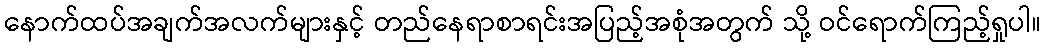
နောက်ထပ်အချက်အလက်များနှင့် တည်နေရာစာရင်းအပြည့်အစုံအတွက် သို့ ဝင်ရောက်ကြည့်ရှုပါ။